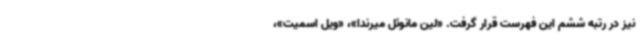
نیز در رتبه ششم این فهرست قرار گرفت. «لین مانوئل میرندا»، «ویل اسمیت»،